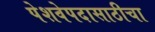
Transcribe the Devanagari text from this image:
पेशवेपदासाठीचा